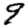
Digit: 9